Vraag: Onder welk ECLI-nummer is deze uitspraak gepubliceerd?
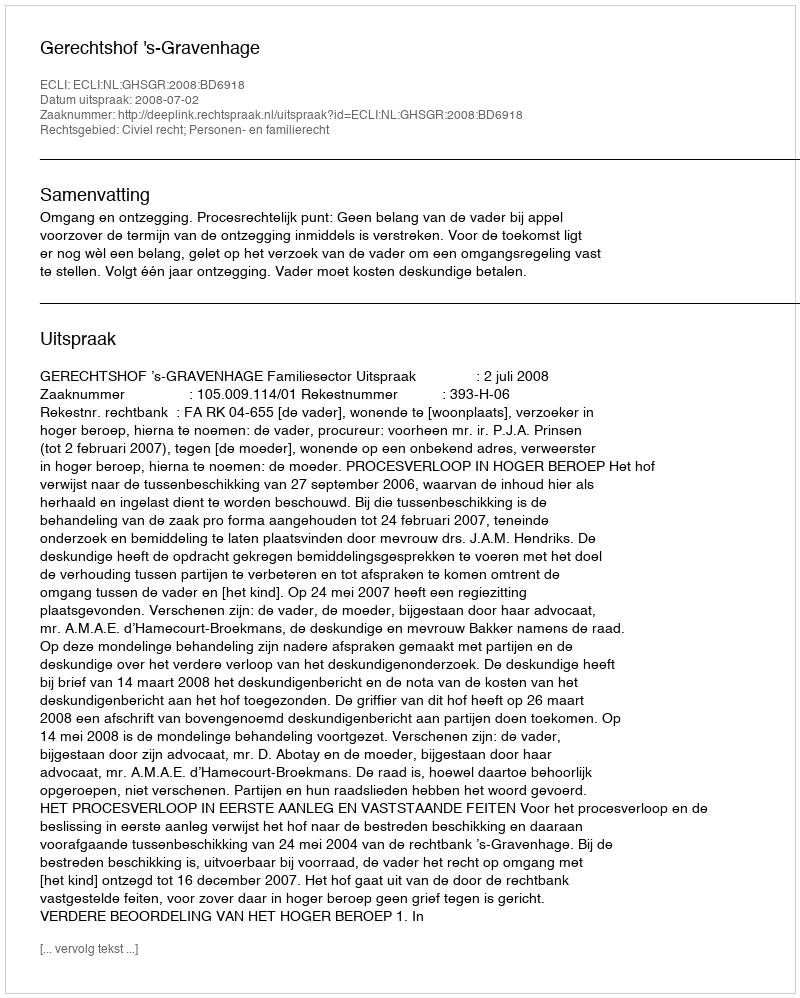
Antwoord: ECLI:NL:GHSGR:2008:BD6918